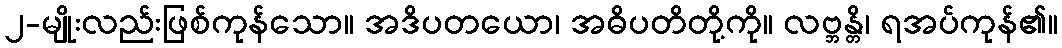
၂-မျိုးလည်းဖြစ်ကုန်သော။ အဒိပတယော၊ အဓိပတိတို့ကို။ လဗ္ဘန္တိ၊ ရအပ်ကုန်၏။